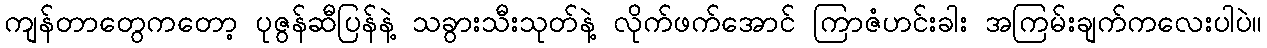
ကျန်တာတွေကတော့ ပုဇွန်ဆီပြန်နဲ့ သခွားသီးသုတ်နဲ့ လိုက်ဖက်အောင် ကြာဇံဟင်းခါး အကြမ်းချက်ကလေးပါပဲ။